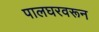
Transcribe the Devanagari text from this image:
पालघरवरून